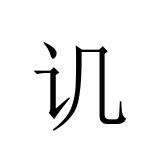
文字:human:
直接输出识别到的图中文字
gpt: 讥